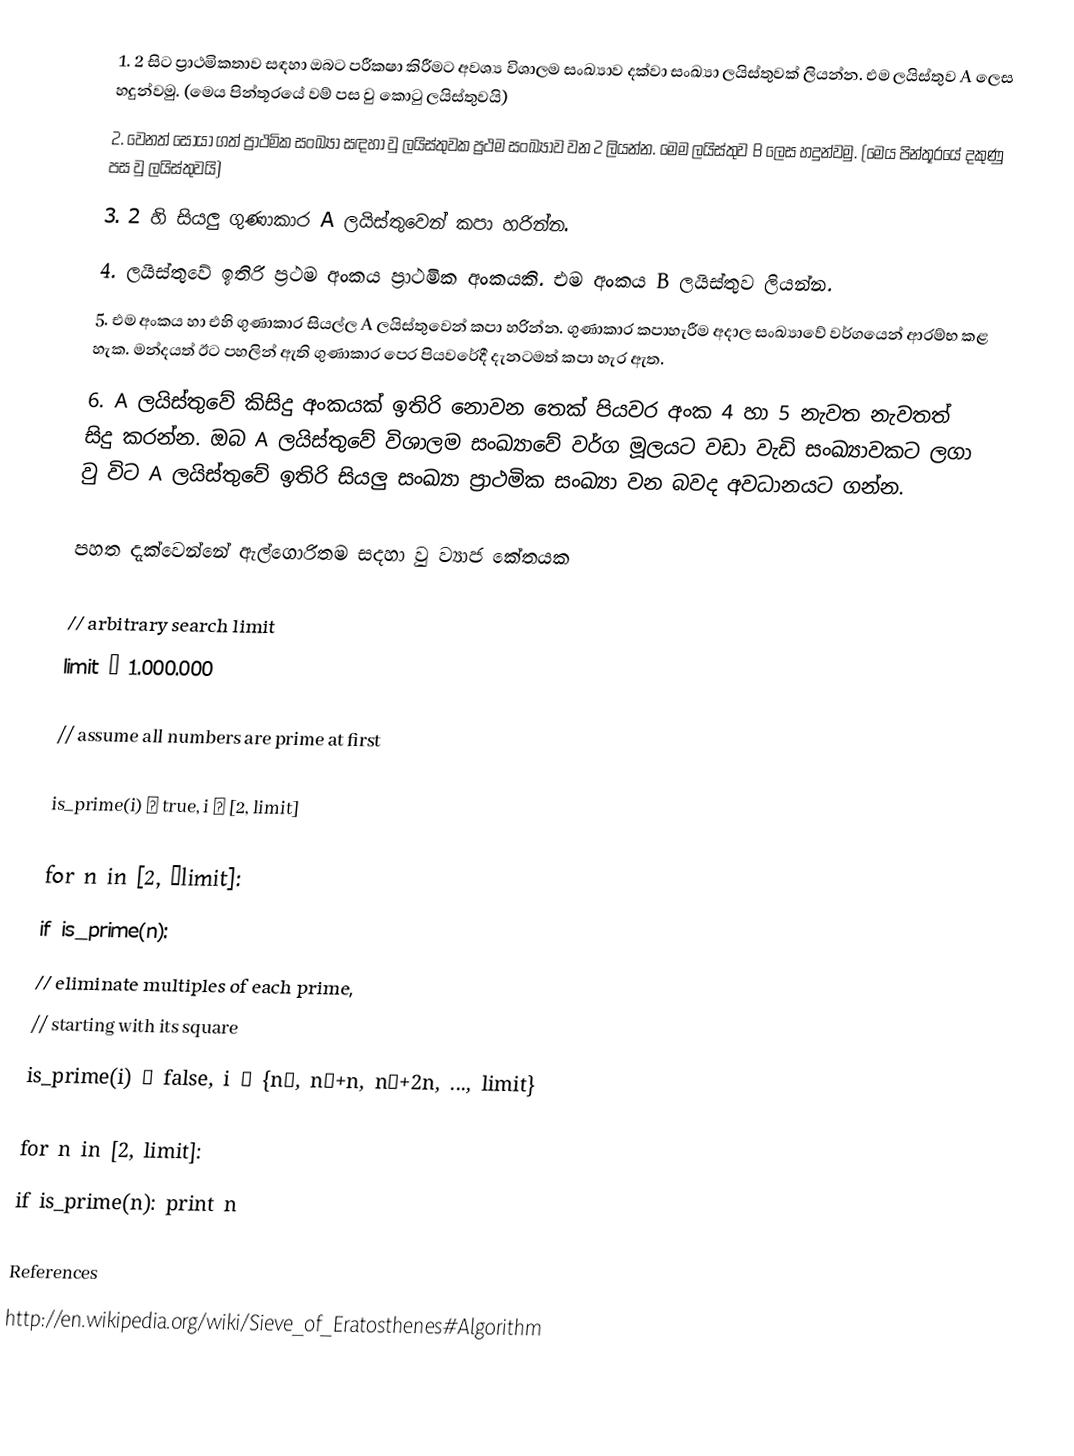
1.	2 සිට ප්‍රාථමිකතාව සඳහා ඔබට පරීකෂා කිරීමට අවශ්‍ය විශාලම සංඛ්‍යාව දක්වා සංඛ්‍යා ලයිස්තුවක් ලියන්න. එම ලයිස්තුව A ලෙස හදුන්වමු. (මෙය පින්තූරයේ වම් පස වු කොටු ලයිස්තුවයි)
 2.	වෙනත් සොයා ගත් ප්‍රාථමික සංඛ්‍යා සඳහා වු ලයිස්තුවක ප්‍රථම සංඛ්‍යාව වන 2 ලියන්න. මෙම ලයිස්තුව B ලෙස හදුන්වමු. (මෙය පින්තූරයේ දකුණු පස වු ලයිස්තුවයි)
 3.	2 හි සියලු ගුණාකාර A ලයිස්තුවෙන් කපා හරින්න.
 4.	ලයිස්තුවේ ඉතිරි ප්‍රථම අංකය ප්‍රාථමික අංකයකි. එම අංකය  B ලයිස්තුව ලියන්න.
 5.	එම අංකය හා එහි ගුණාකාර සියල්ල A ලයිස්තුවෙන් කපා හරින්න. ගුණාකාර කපාහැරීම අදාල සංඛ්‍ය‍‍ාවේ වර්ගයෙන් ආරම්භ කළ හැක. මන්දයත් ඊට පහලින් ඇති ගුණාකාර පෙර පියවරේදී දැනටමත් කපා හැර ඇත.
 6.	A ලයිස්තුවේ කිසිදු අංකයක් ඉතිරි නොවන තෙක් පියවර අංක 4 හා 5 නැවත නැවතත් සිදු කරන්න. ඔබ A ලයිස්තුවේ විශාලම සංඛ්‍යාවේ වර්ග මූලයට වඩා වැඩි සංඛ්‍යාවකට ලගා වු විට A ලයිස්තුවේ ඉතිරි සියලු සංඛ්‍යා ප්‍රාථමික සංඛ්‍යා වන බවද අවධානයට ගන්න.

පහත දැක්වෙන්නේ ඇල්ගොරිතම සදහා වු ව්‍යාජ කේතයක

// arbitrary search limit
limit ← 1.000.000

// assume all numbers are prime at first

is_prime(i) ← true, i ∈ [2, limit]

for n in [2, √limit]:
    if is_prime(n):
        // eliminate multiples of each prime,
        // starting with its square
        is_prime(i) ← false, i ∈ {n², n²+n, n²+2n, ..., limit}

for n in [2, limit]:
    if is_prime(n): print n

References
http://en.wikipedia.org/wiki/Sieve_of_Eratosthenes#Algorithm